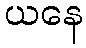
ယနေ